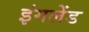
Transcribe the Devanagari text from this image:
इंगलेंड